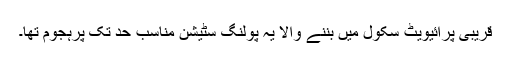
قریبی پرائیویٹ سکول میں بننے والا یہ پولنگ سٹیشن مناسب حد تک پرہجوم تھا۔